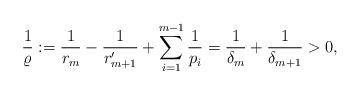
LaTeX: \begin{align*}\frac1{\varrho}:=\frac 1{r_m}-\frac 1{r_{m+1}'}+\sum_{i=1}^{m-1}\frac1{p_i}=\frac1{\delta_m}+\frac1{\delta_{m+1}}>0,\end{align*}